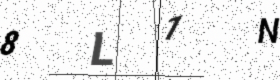
Text: 8L1N